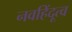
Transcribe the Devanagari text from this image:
नवहिंदूत्व